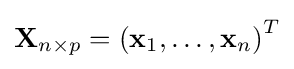
\mathbf {X} _{n\times p}=\left(\mathbf {x} _{1},\ldots ,\mathbf {x} _{n}\right)^{T}